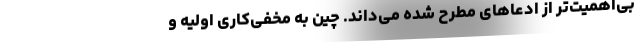
بی‌اهمیت‌تر از ادعاهای مطرح شده می‌داند. چین به مخفی‌کاری اولیه و